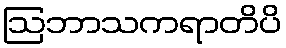
ဩဘာသကရာတိပိ